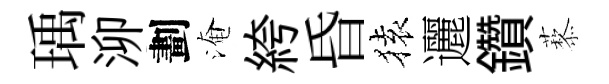
瑀泖劃淹絝昏𫞤邐鑽藜